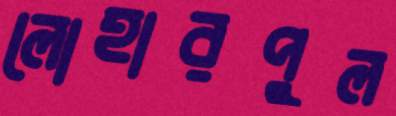
লোহারপুল